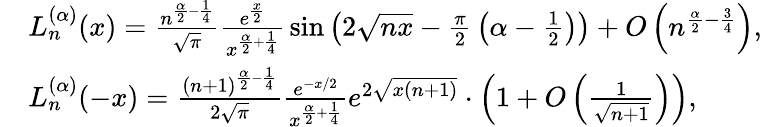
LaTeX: {\begin{array}{rl}&{L_{n}^{(\alpha)}(x)={\frac{n^{{\frac{\alpha}{2}}-{\frac{1}{4}}}}{\sqrt{\pi}}}{\frac{e^{\frac{x}{2}}}{x^{{\frac{\alpha}{2}}+{\frac{1}{4}}}}}\sin\left(2{\sqrt{nx}}-{\frac{\pi}{2}}\left(\alpha-{\frac{1}{2}}\right)\right)+O\left(n^{{\frac{\alpha}{2}}-{\frac{3}{4}}}\right),}\\ &{L_{n}^{(\alpha)}(-x)={\frac{(n+1)^{{\frac{\alpha}{2}}-{\frac{1}{4}}}}{2{\sqrt{\pi}}}}{\frac{e^{-x/2}}{x^{{\frac{\alpha}{2}}+{\frac{1}{4}}}}}e^{2{\sqrt{x(n+1)}}}\cdot\left(1+O\left({\frac{1}{\sqrt{n+1}}}\right)\right),}\end{array}}